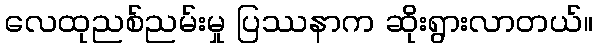
လေထုညစ်ညမ်းမှု ပြဿနာက ဆိုးရွားလာတယ်။